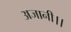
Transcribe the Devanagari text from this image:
अजानी।।